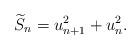
LaTeX: \begin{align*}\widetilde{S}_n &= u_{n+1}^2 + u_n^2.\end{align*}